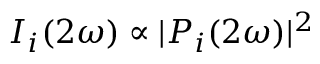
I _ { i } ( 2 \omega ) \propto | P _ { i } ( 2 \omega ) | ^ { 2 }